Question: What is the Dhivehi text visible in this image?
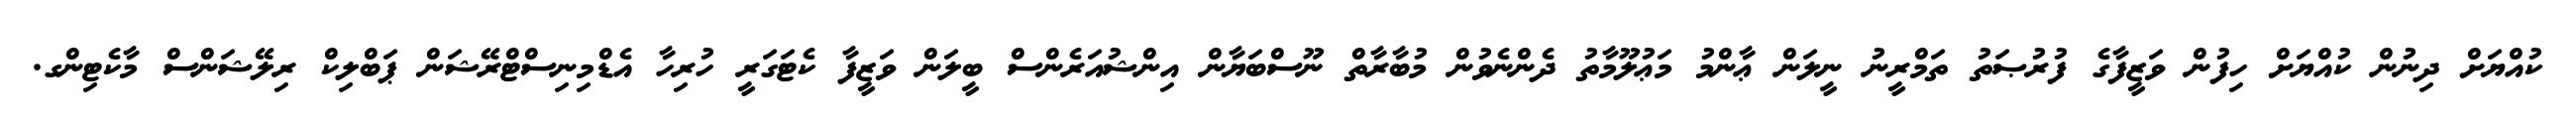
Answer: ކުއްޔަށް ދިނުން ކުއްޔަށް ހިފުން ވަޒީފާގެ ފުރުޞަތު ތަމްރީނު ނީލަން ޢާންމު މަޢުލޫމާތު ދެންނެވުން މުބާރާތް ނޫސްބަޔާން އިންޝުއަރެންސް ބީލަން ވަޒީފާ ކެޓަގަރީ ހުރިހާ އެޑްމިނިސްޓްރޭޝަން ޕަބްލިކް ރިލޭޝަންސް މާކެޓިންގ.